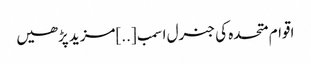
اقوام متحدہ کی جنرل اسمب [..]مزید پڑھیں